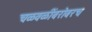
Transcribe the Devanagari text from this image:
चळवळींबरोबरच